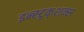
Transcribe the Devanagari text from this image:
इन्स्ट्र्क्शन्स